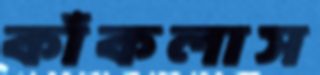
কাঁকলাস